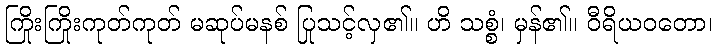
ကြိုးကြိုးကုတ်ကုတ် မဆုပ်မနစ် ပြုသင့်လှ၏။ ဟိ သစ္စံ၊ မှန်၏။ ဝီရိယဝတော၊